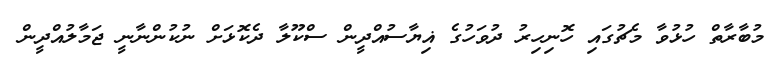
މުބާރާތް ހުޅުވާ މެޗުގައި ހޮނިހިރު ދުވަހުގެ ޣިޔާސުއްދީން ސްކޫލާ ދެކޮޅަށް ނުކުންނާނީ ޖަމާލުއްދީން